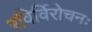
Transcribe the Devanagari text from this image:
रविर्विरोचनः